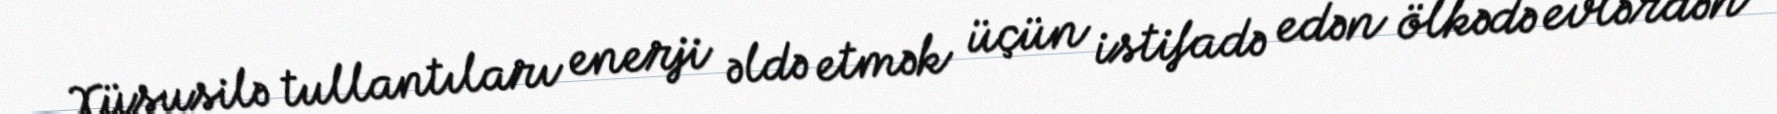
Xüsusilə tullantıları enerji əldə etmək üçün istifadə edən ölkədə evlərdən